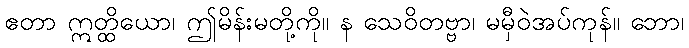
ဧတာ ဣတ္ထိယော၊ ဤမိန်းမတို့ကို။ န သေဝိတဗ္ဗာ၊ မမှီဝဲအပ်ကုန်။ ဘော၊